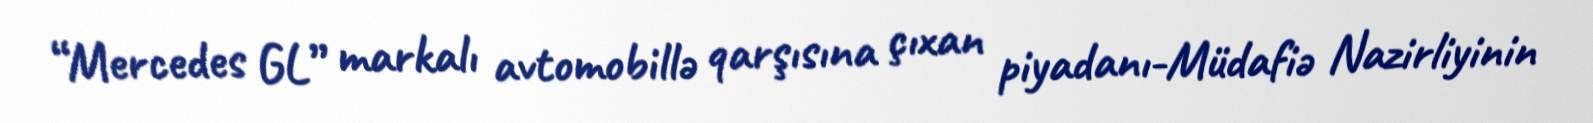
“Mercedes GL” markalı avtomobillə qarşısına çıxan piyadanı-Müdafiə Nazirliyinin